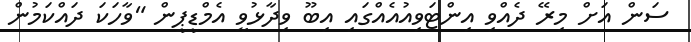
ސަން އަށް މިރޭ ދެއްވި އިންޓަވިއުއެއްގައި އިބޫ ވިދާޅުވީ އެމްޑީޕީން "ވާހަކަ ދައްކަމުން